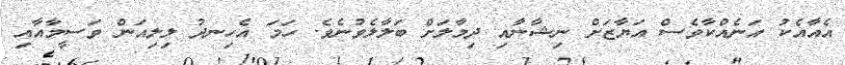
އެއާއެކު އަނެއްކާވެސް އަޔާޒަށް ނިޝާނާއި ދިމާލަށް ބަލާލެވުނެވެ. ހަމަ އެހިނދު ލިލިއަން ވަސީމާއާއި